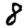
Digit: 8